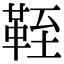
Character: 𩊞